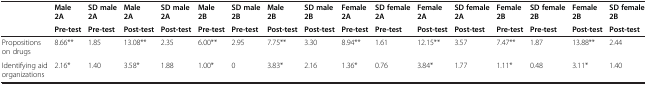
<table><thead><tr><td rowspan="2">[EMPTY_CELL]</td><td><b>Male 2A</b></td><td><b>SD male 2A</b></td><td><b>Male 2A</b></td><td><b>SD male 2A</b></td><td><b>Male 2B</b></td><td><b>SD male 2B</b></td><td><b>Male 2B</b></td><td><b>SD male 2B</b></td><td><b>Female 2A</b></td><td><b>SD female 2A</b></td><td><b>Female 2A</b></td><td><b>SD female 2A</b></td><td><b>Female 2B</b></td><td><b>SD female 2B</b></td><td><b>Female 2B</b></td><td><b>SD female 2B</b></td></tr><tr><td><b>Pre-test</b></td><td><b>Pre-test</b></td><td><b>Post-test</b></td><td><b>Post-test</b></td><td><b>Pre-test</b></td><td><b>Pre-test</b></td><td><b>Post-test</b></td><td><b>Post-test</b></td><td><b>Pre-test</b></td><td><b>Pre-test</b></td><td><b>Post-test</b></td><td><b>Post-test</b></td><td><b>Pre-test</b></td><td><b>Pre-test</b></td><td><b>Post-test</b></td><td><b>Post-test</b></td></tr></thead><tbody><tr><td>Propositions on drugs</td><td>8.66**</td><td>1.85</td><td>13.08**</td><td>2.35</td><td>6.00**</td><td>2.95</td><td>7.75**</td><td>3.30</td><td>8.94**</td><td>1.61</td><td>12.15**</td><td>3.57</td><td>7.47**</td><td>1.87</td><td>13.88**</td><td>2.44</td></tr><tr><td>Identifying aid organizations</td><td>2.16*</td><td>1.40</td><td>3.58*</td><td>1.88</td><td>1.00*</td><td>0</td><td>3.83*</td><td>2.16</td><td>1.36*</td><td>0.76</td><td>3.84*</td><td>1.77</td><td>1.11*</td><td>0.48</td><td>3.11*</td><td>1.40</td></tr></tbody></table>